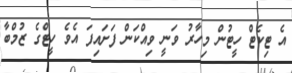
އެ ޓިކެޓް ހީޓުން މިހާރު ވަނީ ވިއްކަން ފަށައިފަ އެވެ ހީޓްގެ ޒުމްބާ